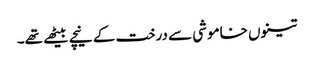
تینوں خاموشی سے درخت کے نیچے بیٹھے تھے۔